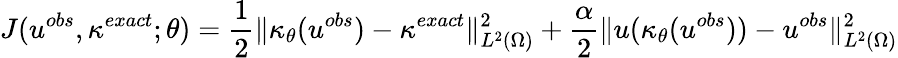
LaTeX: J(u^{obs},\kappa^{exact};\theta)=\frac{1}{2}\| \kappa_{\theta}(u^{obs})-\kappa^{exact}\| _{L^{2}(\Omega)}^{2}+\frac{\alpha}{2}\| u(\kappa_{\theta}(u^{obs}))-u^{obs}\| _{L^{2}(\Omega)}^{2}